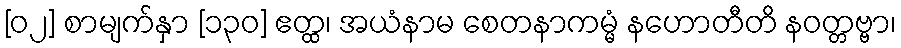
[၀၂] စာမျက်နှာ [၁၃၀] ဧတ္ထ၊ အယံနာမ စေတနာကမ္မံ နဟောတီတိ နဝတ္တဗ္ဗာ၊